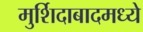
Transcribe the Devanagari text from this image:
मुर्शिदाबादमध्ये